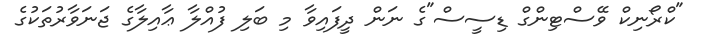
"ކްރޯނިކް ވޭސްޓިންގް ޑިސީސް"ގެ ނަން ދީފައިވާ މި ބަލި ފުއްލާ ޢާއިލާގެ ޖަނަވާރުތަކުގެ